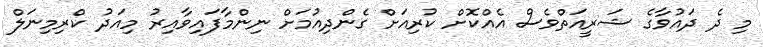
މި ދެ ދައުވާގެ ޝަރީއަތްވެސް އެއްކޮށް ކުރިއަށް ގެންދިއުމަށް ނިންމާފައިވާއިރު މިއަދު ކްރިމިނަލް